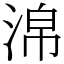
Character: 淿